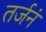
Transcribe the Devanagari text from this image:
तर्जनं